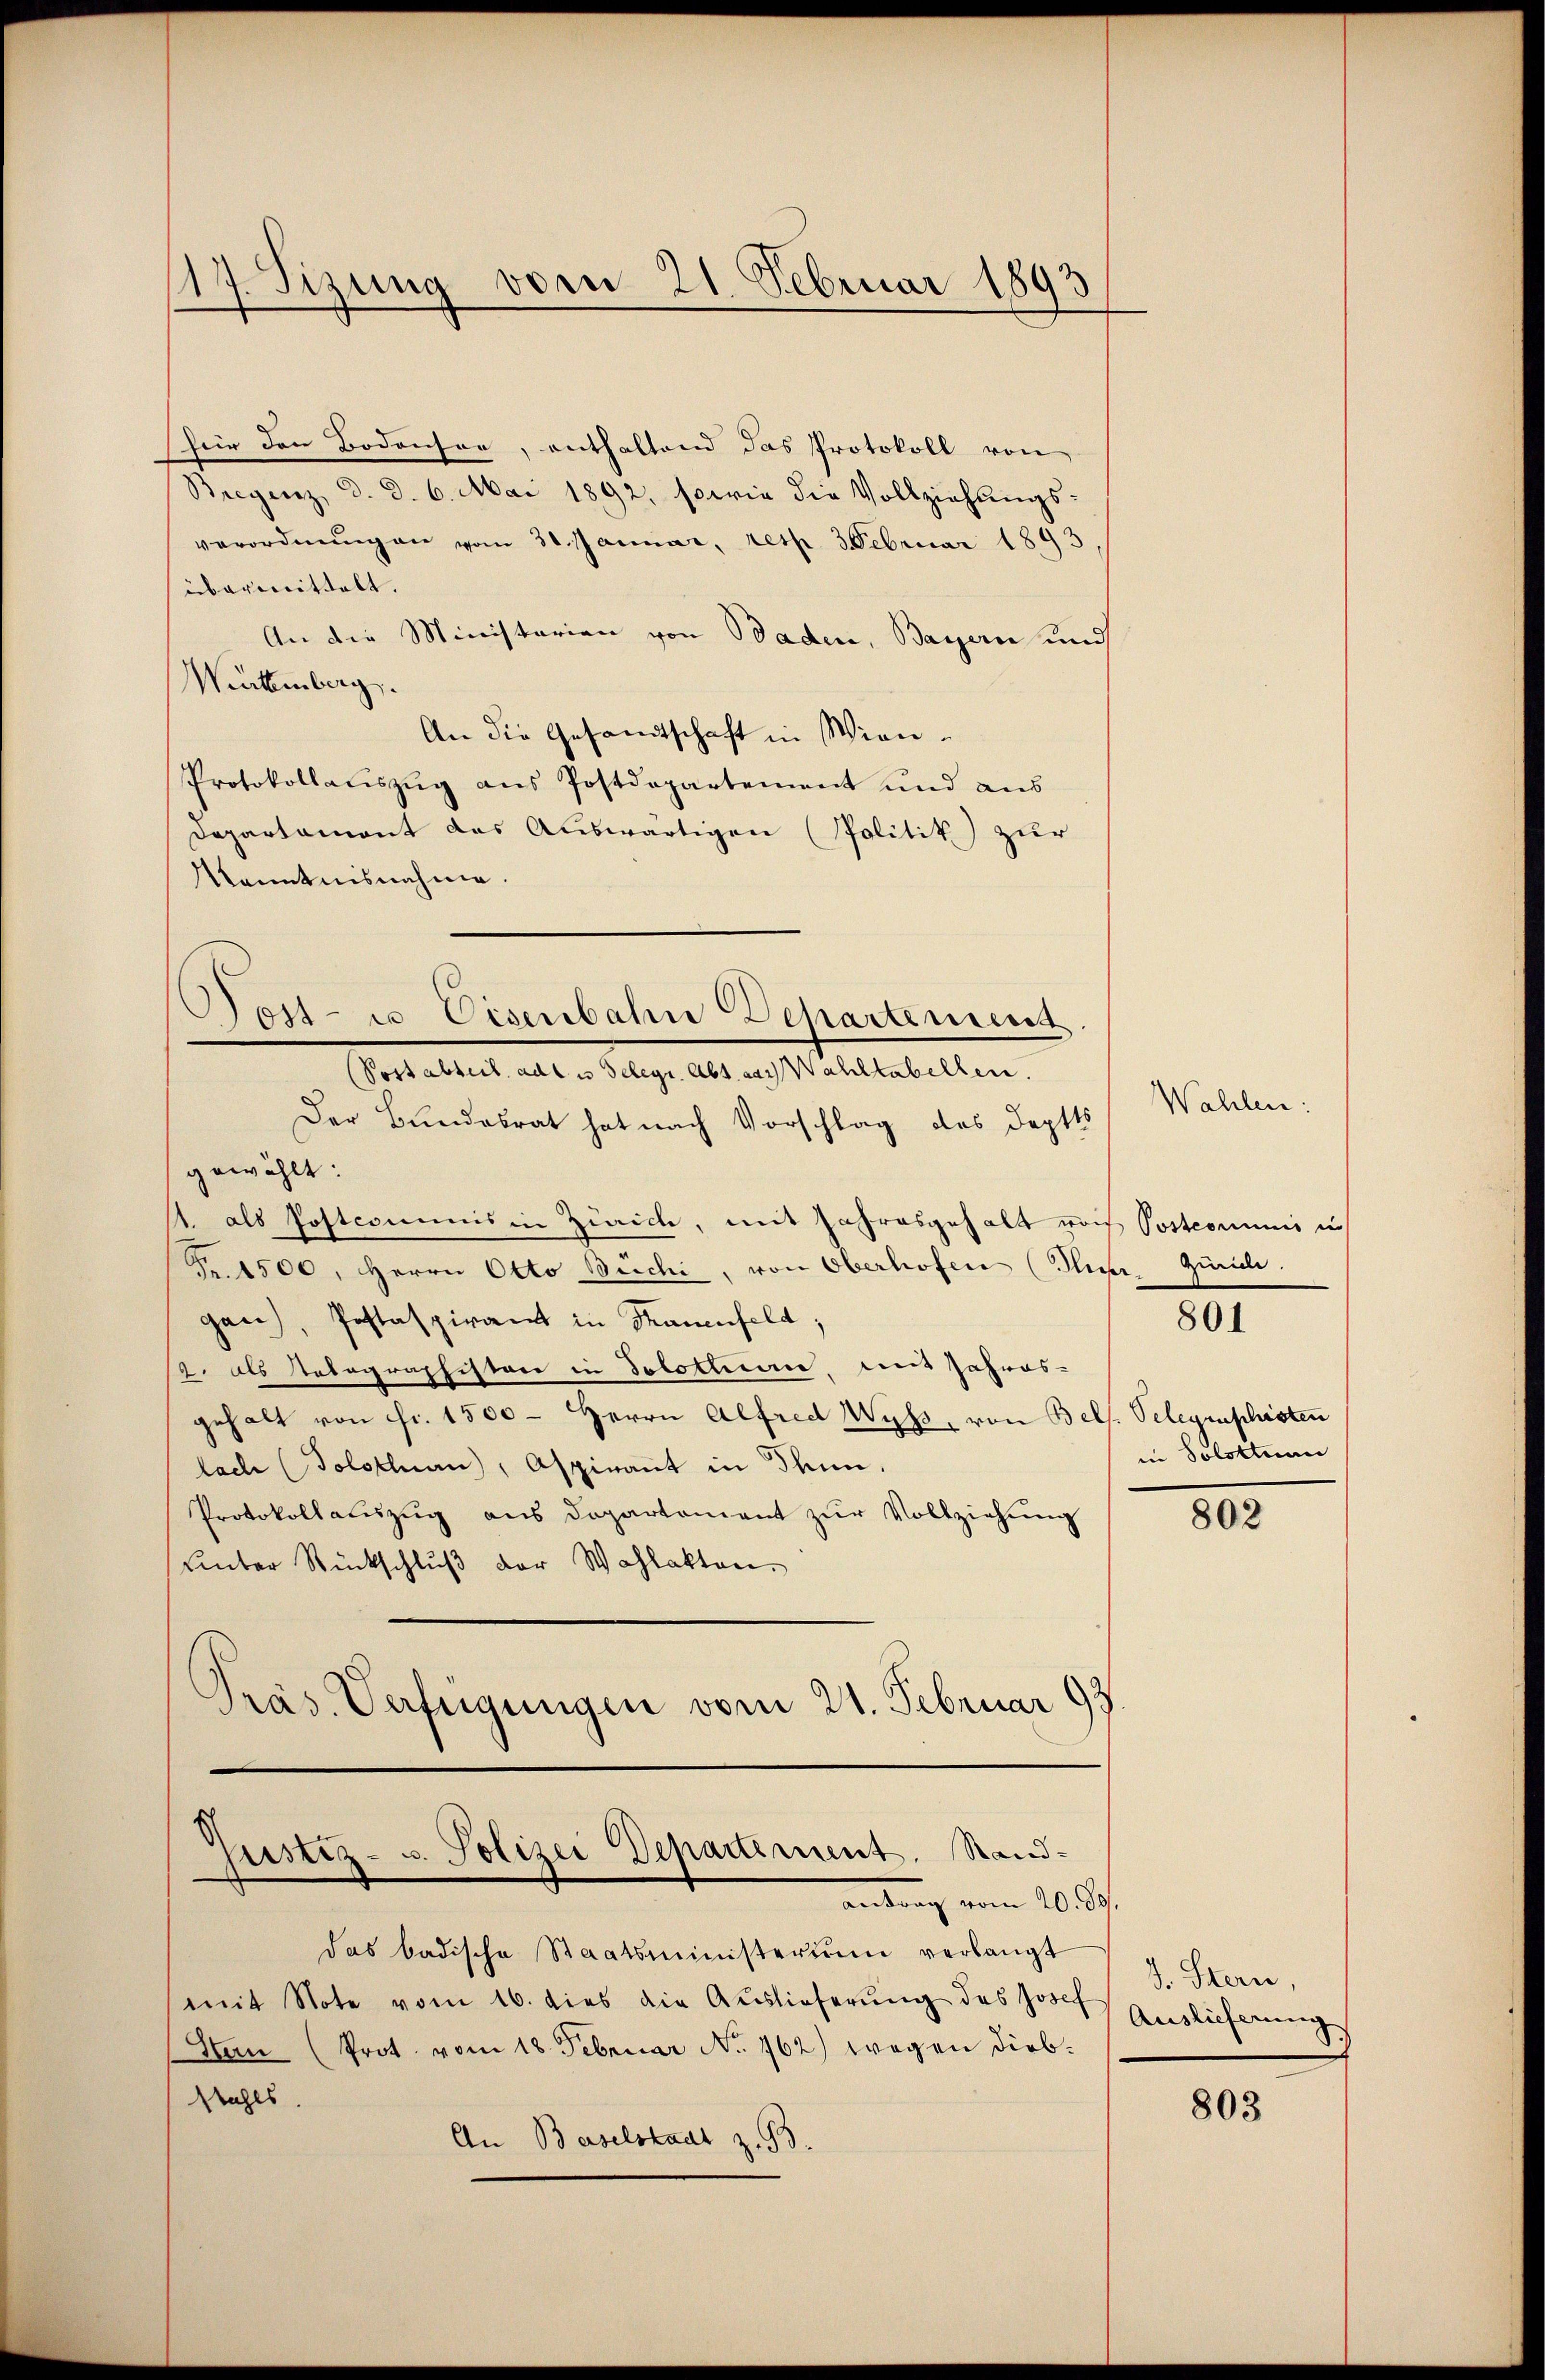
17. Sizung von 21. Februar 1893
.

für den Bodenser, enthaltend das Protokoll von
Bregenz, d. d. 6. Mai 1892, sowie die Vollziehŭngs-
verordnŭng an vom 31. Januar, resp. 3. Februar 1893
übermittelt.
An die Ministerien von Baden, Bayern und
Würtemberg.
An die Gesandtschaft in Wien.
Protokollaŭszŭg ans Postdepartement und aus
Departament das Auswärtigen (Politik zur
Kenntnisnahme.

Post- u Eisenbahn Departement.
(Postabteil ade u Delegr. Abs. das Wahltabellen.

Justiz- u. Polizei Departement. Stand-
antrag vom 20. d.

das badische Staatsministerium verlangt
mit Note vom 16. dies die Aŭslieferŭng des Josef
San (Prot. vom 18. Februar No. 162) wegen diebstahls.
An Baselstadt z. B.

Der Bundesrat hat nach Vorschlag des Doptts
gewählt:
1. als Postcommis in Zürich, mit Jahresgehalt noch Postcomunis in
Fr. 1500, Herrn Otto Büchi, von Oberhofen (Thier Züric
gan, Pestaspirant in Strauenfeld,
12. als Notographiston in Solottere, und Jahres-
gehalt von Fr. 1500 - Herrn Alfred Wyss, von Bels. Telegenschisten
lade (Solothurn, Aspirant in Thun.
Protokollalŭzŭg ans Departament zŭr Vollziehŭng
unter Rückschluß der Wahlakten.
Präs. Verfügungen vom 21. Februar 99.

Wahlen:

801

in Solottuun

803

d. Stern
Auslieferung

803